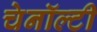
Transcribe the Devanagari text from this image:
चेनॉल्टी